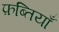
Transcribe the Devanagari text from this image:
फ़ब्तियाँ